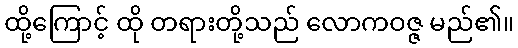
ထို့ကြောင့် ထို တရားတို့သည် လောကဝဇ္ဇ မည်၏။